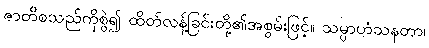
ဇာတိစသည်ကိုစွဲ၍ ထိတ်လန့်ခြင်းတို့၏အစွမ်းဖြင့်။ သမ္ပာဟံသနတာ၊